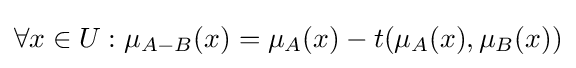
\forall x\in U:\mu _{A-{B}}(x)=\mu _{A}(x)-t(\mu _{A}(x),\mu _{B}(x))